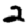
Digit: 2